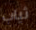
ثياب